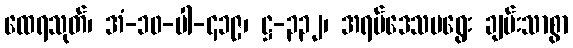
ထေရသုတ်၊ အံ-၁၀-ပါ-၄၁၉၊ ဋ္ဌ-၃၃၂၊ အရပ်ဒေသမရွေး ချမ်းသာစွာ